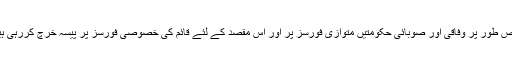
خاص طور پر وفاقی اور صوبائی حکومتیں متوازی فورسز پر اور اس مقصد کے لئے قائم کی خصوصی فورسز پر پیسہ خرچ کررہی ہیں ۔